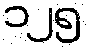
၁၂၅